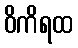
ဝိကိရထ